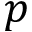
p